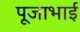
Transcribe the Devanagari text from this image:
पूजाभाई